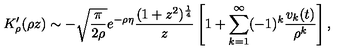
K _ { \rho } ^ { \prime } ( \rho z ) \sim - \sqrt { \frac { \pi } { 2 \rho } } e ^ { - \rho \eta } { \frac { ( 1 + z ^ { 2 } ) ^ { \frac { 1 } { 4 } } } { z } } \left[ 1 + \sum _ { k = 1 } ^ { \infty } ( - 1 ) ^ { k } { \frac { v _ { k } ( t ) } { \rho ^ { k } } } \right] ,